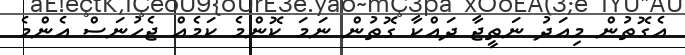
އެގޮތުން މިއަދު ނަތީޖާ ދައްކާ ގޮތުން ނަމަ ކޮންމެ ކަމެއް ޖެހުނަސް އެންމެ